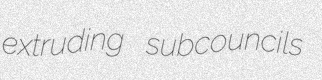
extruding subcouncils